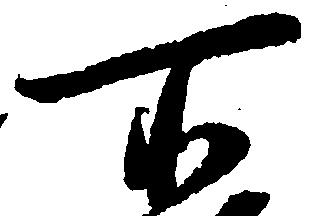
所